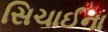
સિચાઈના